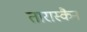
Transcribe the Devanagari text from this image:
तारास्कैन